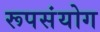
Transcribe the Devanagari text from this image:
रूपसंयोग